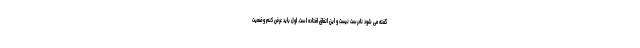
گفته می شود نادرست نیست و این اتفاق افتاده است. اول باید عرض کنم وضعیت